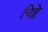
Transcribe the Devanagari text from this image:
चिठ्ठे